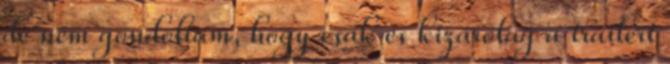
de nem gondoltam, hogy csak és kizárólag a trailert